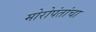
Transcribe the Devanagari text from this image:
मोरोपंतांचा